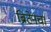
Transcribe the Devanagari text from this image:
ब्रिटेनचा